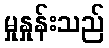
မှုနှုန်းသည်